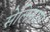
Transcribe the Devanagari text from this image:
सेलिनाश